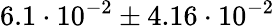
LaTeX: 6.1\cdot 10^{-2}\pm 4.16\cdot 10^{-2}